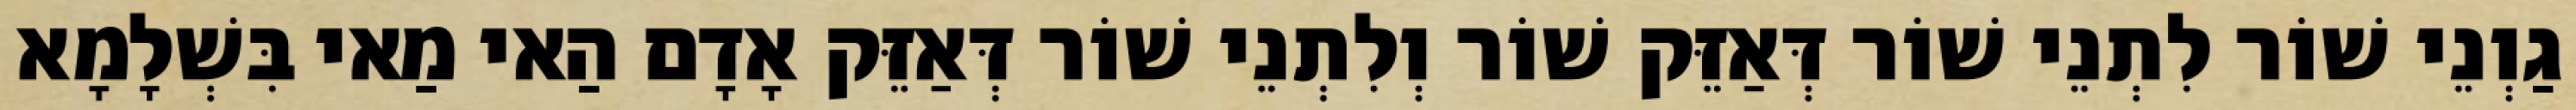
גַוְנֵי שׁוֹר לִתְנֵי שׁוֹר דְּאַזֵּק שׁוֹר וְלִתְנֵי שׁוֹר דְּאַזֵּק אָדָם הַאי מַאי בִּשְׁלָמָא